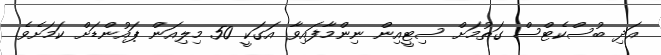
އަދި ބުސްކެޓްސް ގަތުމަށް ސިޓީއިން ނިންމާފައިވާ އަގަކީ 50 މިލިއަން ޕައުންޑަށް ކަމަށެވެ.